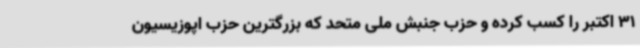
31 اکتبر را کسب کرده و حزب جنبش ملی متحد که بزرگترین حزب اپوزیسیون